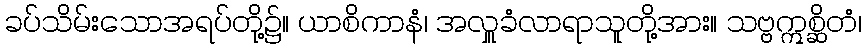
ခပ်သိမ်းသောအရပ်တို့၌။ ယာစိကာနံ၊ အလှူခံလာရာသူတို့အား။ သဗ္ဗဣစ္ဆိတံ၊